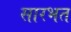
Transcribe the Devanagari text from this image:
सारभत